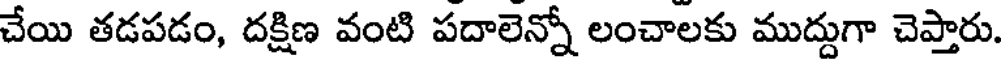
చేయి తడపడం, దక్షిణ వంటి పదాలెన్నో లంచాలకు ముద్దుగా చెప్తారు.